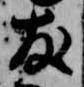
友